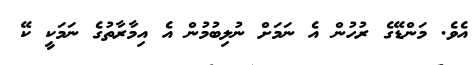
އެވެ. މަންޑޭގެ ރުހުން އެ ނަމަށް ނުލިބުމުން އެ އިމާރާތުގެ ނަމަކީ ކޭ